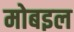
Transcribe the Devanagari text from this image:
मोबइल